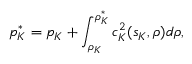
p _ { K } ^ { * } = p _ { K } + \int _ { \rho _ { K } } ^ { \rho _ { K } ^ { * } } c _ { K } ^ { 2 } ( s _ { K } , \rho ) d \rho ,